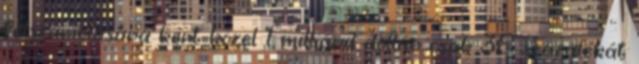
felszámolására kért közel 1 milliárd dollár csak 38 százalékát